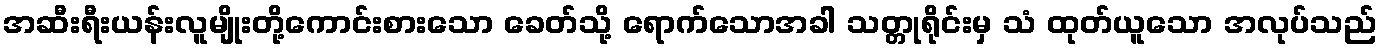
အဆီးရီးယန်းလူမျိုးတို့ကောင်းစားသော ခေတ်သို့ ရောက်သောအခါ သတ္တုရိုင်းမှ သံ ထုတ်ယူသော အလုပ်သည်